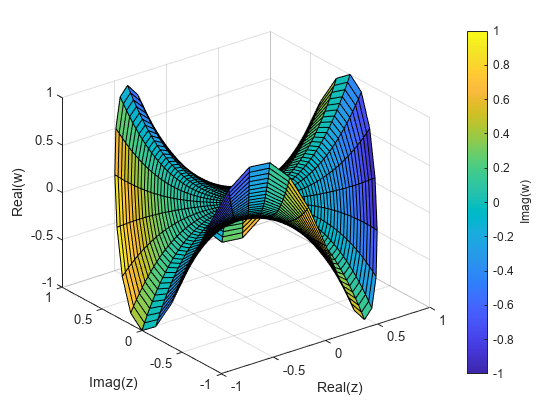
matlab, surf, colorbar